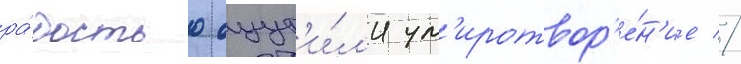
ра́достью ощут'и́л'и ум'иротвор'е́н'ие //